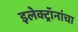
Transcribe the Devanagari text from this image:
इलेक्ट्रॉनांचा